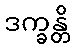
ဒက္ခန္တိ